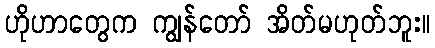
ဟိုဟာတွေက ကျွန်တော် အိတ်မဟုတ်ဘူး။